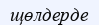
щөлдерде